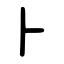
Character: ⺊